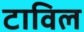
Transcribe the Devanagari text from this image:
टाविल